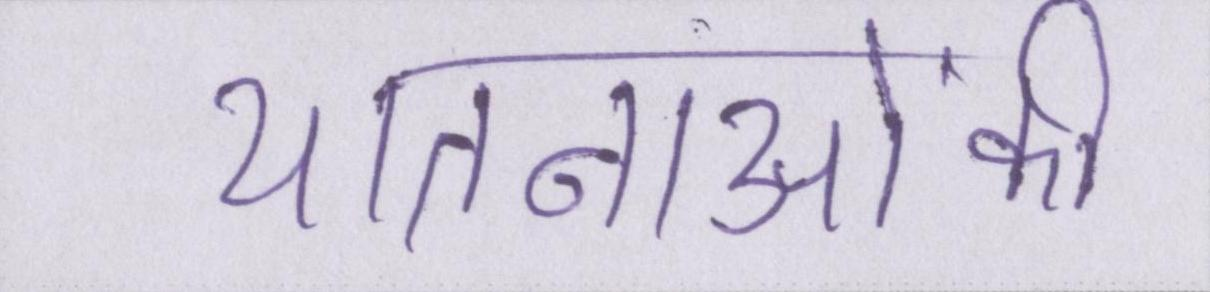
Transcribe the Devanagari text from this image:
यातनाओंकी